Indian Civil Veterinary Department memoirs
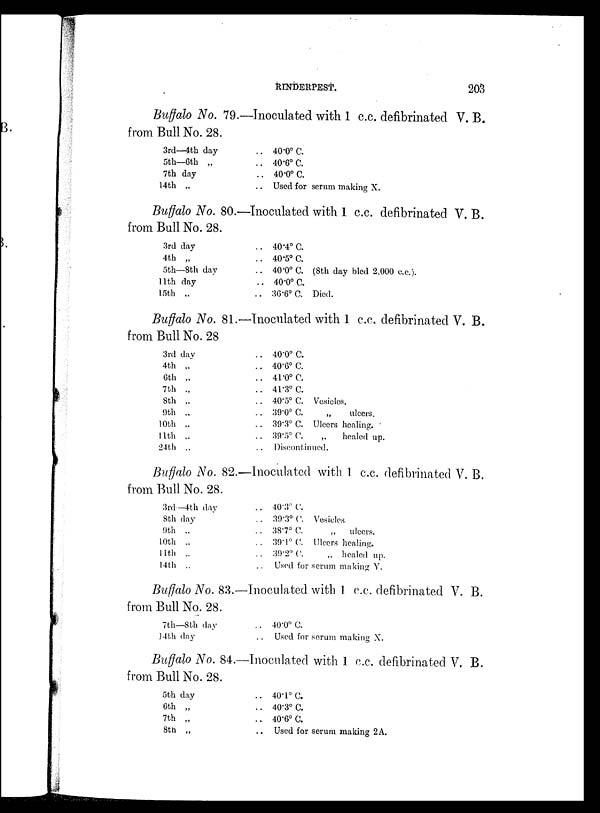
RINDERPEST.
203
Buffalo No. 79.—Inoculated with 1 c.c. defibrinated V. B.
from Bull No. 28.
3rd—4th day
5th—6th „
7th day
14th „
.. 40.0º C.
.. 40.6º C.
.. 40.0º C.
.. Used for serum making X.
Buffalo No. 80.—Inoculated with 1 c.c. defibrinated V. B.
from Bull No. 28.
3rd day
4th „
5th—8th day
11th day
15th „
.. 40.4º C.
.. 40.5º C.
.. 40.0º C. (8th day bled 2,000 c.c).
.. 40.0º C.
.. 36.6º C. Died.
Buffalo No. 81.—Inoculated with 1 c.c. defibrinated V. B.
from Bull No. 28
3rd day
4th „
6th „
7th „
8th „
9th „
10th „
11th „
24th „
.. 40.0º C.
.. 40.6º C.
.. 41.0º C.
.. 41.3º C.
.. 40.5º C. Vesicles.
.. 39.0º C.
„
ulcers.
.. 39.3º C. Ulcers healing.
.. 39.5º C. „
healed up.
Discontinued.
Buffalo No. 82.—Inoculated with 1 c.c. defibrinated V. B.
from Bull No. 28.
3rd—4th day
8th day
9th „
10th „
11th „
14th „
.. 40.3º C.
.. 39.3º C. Vesicles.
.. 38.7º C.
„
ulcers.
.. 39.1º C. Ulcers healing.
.. 39.2º C. „ healed up.
.. Used for serum making Y.
Buffalo No. 83.—Inoculated with 1 c.c. defibrinated V. B.
from Bull No. 28.
7th—8th day
14th day
.. 40.0º C.
.. Used for serum making X.
Buffalo No. 84.—Inoculated with 1 c.c. defibrinated V. B.
from Bull No. 28.
5th day
6th „
7th „
8th „
.. 40.1º C.
.. 40.3º C.
.. 40.6º C.
.. Used for serum making 2A.